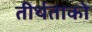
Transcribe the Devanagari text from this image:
तीर्थताको